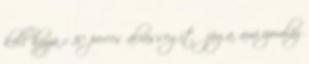
kell hozzá x 10 perces alvássegítő jóga, ami izomláz